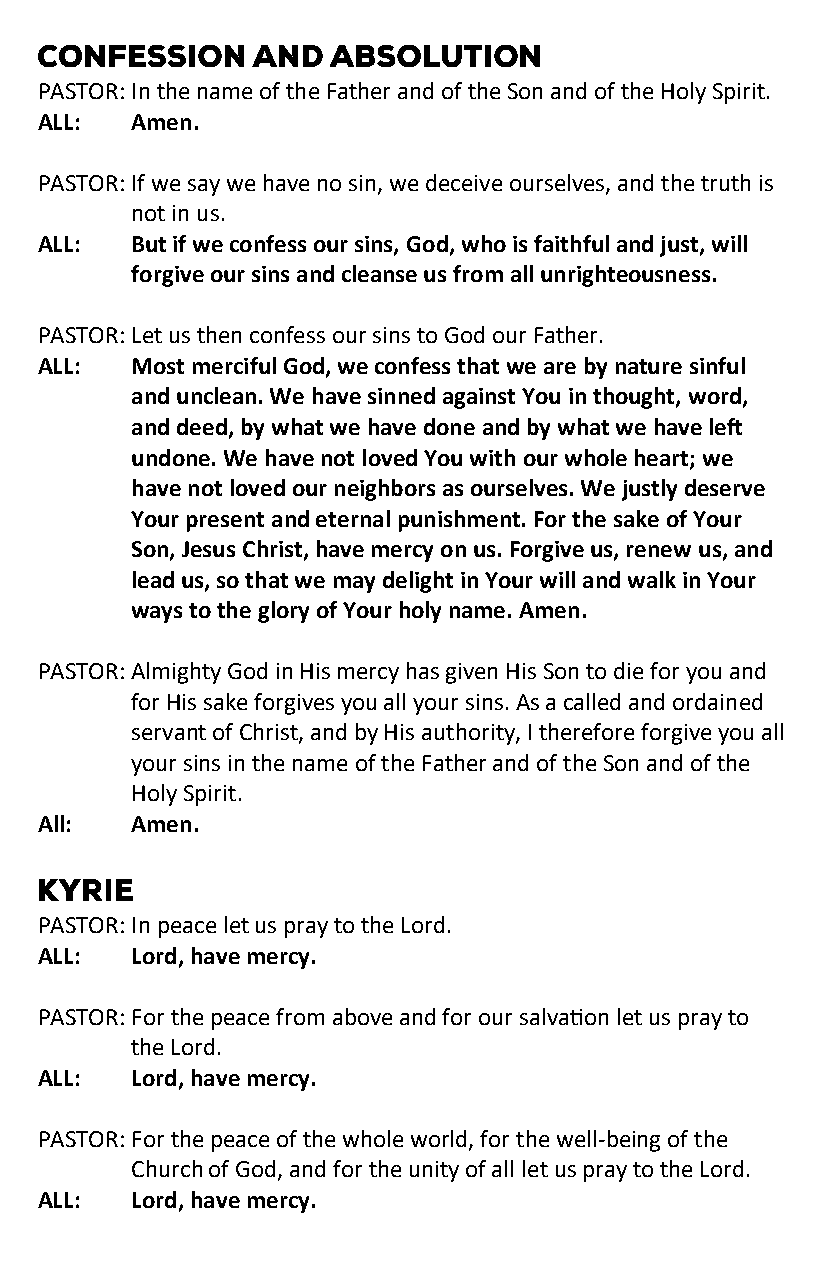
PASTOR: In the name of the Father and of the Son and of the Holy Spirit.
 ALL:   Amen.
 PASTOR: If we say we have no sin, we deceive ourselves, and the truth is
 not in us.
 ALL:   But if we confess our sins, God, who is faithful and just, will
 forgive our sins and cleanse us from all unrighteousness.
 PASTOR: Let us then confess our sins to God our Father.
 ALL:   Most merciful God, we confess that we are by nature sinful
 and unclean. We have sinned against You in thought, word,
 and deed, by what we have done and by what we have left
 undone. We have not loved You with our whole heart; we
 have not loved our neighbors as ourselves. We justly deserve
 Your present and eternal punishment. For the sake of Your
 Son, Jesus Christ, have mercy on us. Forgive us, renew us, and
 lead us, so that we may delight in Your will and walk in Your
 ways to the glory of Your holy name. Amen.
 PASTOR: Almighty God in His mercy has given His Son to die for you and
 for His sake forgives you all your sins. As a called and ordained
 servant of Christ, and by His authority, I therefore forgive you all
 your sins in the name of the Father and of the Son and of the
 Holy Spirit.
 All:   Amen.
 PASTOR: In peace let us pray to the Lord.
 ALL:   Lord, have mercy.
 PASTOR: For the peace from above and for our salvation let us pray to
 the Lord.
 ALL:   Lord, have mercy.
 PASTOR: For the peace of the whole world, for the well-being of the
 Church of God, and for the unity of all let us pray to the Lord.
 ALL:   Lord, have mercy.